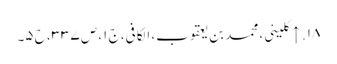
۱۸. ↑ کلینی، محمد بن یعقوب، الکافی، ج ۱، ص ۳۳۷، ح ۵۔